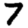
Digit: 7